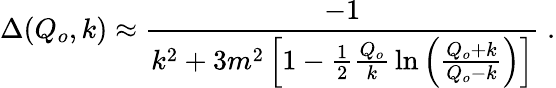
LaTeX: \Delta(Q_{o},k)\approx{\frac{-1}{k^{2}+3m^{2}\left[1-\frac{1}{2}{\frac{Q_{o}}{k}}\ln\left({\frac{Q_{o}+k}{Q_{o}-k}}\right)\right]}}\; .